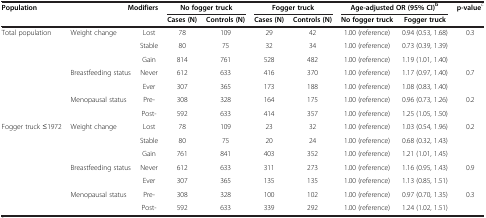
<table><thead><tr><td><b>Population</b></td><td><b> </b></td><td><b>Modifiers</b></td><td colspan="2"><b>No fogger truck</b></td><td colspan="2"><b>Fogger truck</b></td><td colspan="2"><b>Age-adjusted OR (95% CI)<sup>b</sup></b></td><td><b>p-value<sup>c</sup></b></td></tr><tr><td><b> </b></td><td><b> </b></td><td><b> </b></td><td><b>Cases (N)</b></td><td><b>Controls (N)</b></td><td><b>Cases (N)</b></td><td><b>Controls (N)</b></td><td><b>No fogger truck</b></td><td><b>Fogger truck</b></td><td><b> </b></td></tr></thead><tbody><tr><td>Total population</td><td>Weight change</td><td>Lost</td><td>78</td><td>109</td><td>29</td><td>42</td><td>1.00 (reference)</td><td>0.94 (0.53, 1.68)</td><td>0.3</td></tr><tr><td> </td><td> </td><td>Stable</td><td>80</td><td>75</td><td>32</td><td>34</td><td>1.00 (reference)</td><td>0.73 (0.39, 1.39)</td><td> </td></tr><tr><td> </td><td> </td><td>Gain</td><td>814</td><td>761</td><td>528</td><td>482</td><td>1.00 (reference)</td><td>1.19 (1.01, 1.40)</td><td> </td></tr><tr><td> </td><td>Breastfeeding status</td><td>Never</td><td>612</td><td>633</td><td>416</td><td>370</td><td>1.00 (reference)</td><td>1.17 (0.97, 1.40)</td><td>0.7</td></tr><tr><td> </td><td> </td><td>Ever</td><td>307</td><td>365</td><td>173</td><td>188</td><td>1.00 (reference)</td><td>1.08 (0.83, 1.40)</td><td> </td></tr><tr><td> </td><td>Menopausal status</td><td>Pre-</td><td>308</td><td>328</td><td>164</td><td>175</td><td>1.00 (reference)</td><td>0.96 (0.73, 1.26)</td><td>0.2</td></tr><tr><td> </td><td> </td><td>Post-</td><td>592</td><td>633</td><td>414</td><td>357</td><td>1.00 (reference)</td><td>1.25 (1.05, 1.50)</td><td> </td></tr><tr><td>Fogger truck ≤1972</td><td>Weight change</td><td>Lost</td><td>78</td><td>109</td><td>23</td><td>32</td><td>1.00 (reference)</td><td>1.03 (0.54, 1.96)</td><td>0.2</td></tr><tr><td> </td><td> </td><td>Stable</td><td>80</td><td>75</td><td>20</td><td>24</td><td>1.00 (reference)</td><td>0.68 (0.32, 1.43)</td><td> </td></tr><tr><td> </td><td> </td><td>Gain</td><td>761</td><td>841</td><td>403</td><td>352</td><td>1.00 (reference)</td><td>1.21 (1.01, 1.45)</td><td> </td></tr><tr><td> </td><td>Breastfeeding status</td><td>Never</td><td>612</td><td>633</td><td>311</td><td>273</td><td>1.00 (reference)</td><td>1.16 (0.95, 1.43)</td><td>0.9</td></tr><tr><td> </td><td> </td><td>Ever</td><td>307</td><td>365</td><td>135</td><td>135</td><td>1.00 (reference)</td><td>1.13 (0.85, 1.51)</td><td> </td></tr><tr><td> </td><td>Menopausal status</td><td>Pre-</td><td>308</td><td>328</td><td>100</td><td>102</td><td>1.00 (reference)</td><td>0.97 (0.70, 1.35)</td><td>0.3</td></tr><tr><td> </td><td> </td><td>Post-</td><td>592</td><td>633</td><td>339</td><td>292</td><td>1.00 (reference)</td><td>1.24 (1.02, 1.51)</td><td> </td></tr></tbody></table>